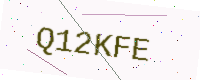
Text: Q12KFE